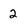
Character: 2